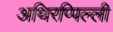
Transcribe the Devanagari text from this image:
अथिरप्पिल्ली